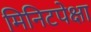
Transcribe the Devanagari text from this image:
मिनिटपेक्षा